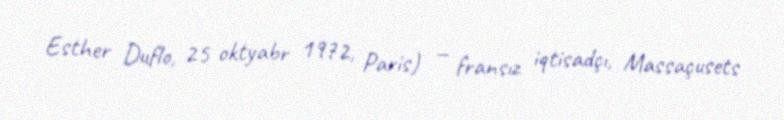
Esther Duflo, 25 oktyabr 1972, Paris) — fransız iqtisadçı, Massaçusets